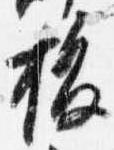
抜